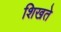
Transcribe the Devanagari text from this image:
शिखते